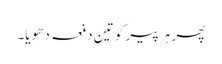
پھر ہر پیر کو تین دفعہ دھویا۔